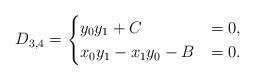
LaTeX: \begin{align*}D_{3,4}=\begin{cases} y_0y_1+C&=0,\\ x_0y_1-x_1y_0-B&=0.\end{cases}\end{align*}